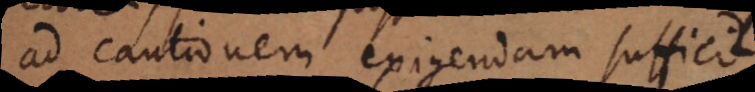
ad cautionem exigendam suffic